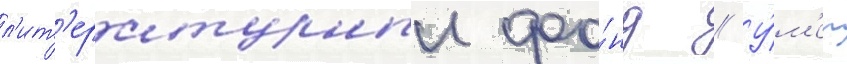
л'ит'ературныи фо́нд // У́м'ер